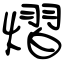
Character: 熠